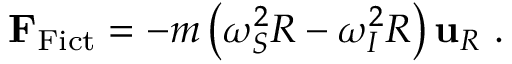
\mathbf { F } _ { \mathrm { F i c t } } = - m \left( \omega _ { S } ^ { 2 } R - \omega _ { I } ^ { 2 } R \right) \mathbf { u } _ { R } \ .